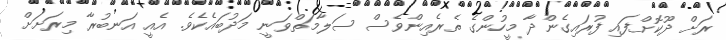
ރަށް ދޫކޮށްފައި ފުރައިގެންދާ މީހުންގެ ތެރެއިންވެސް ސަލާމަތްވަނީ މަދުބައެކެވެ. އެއީ އަނބުރާ މިރަށަށް